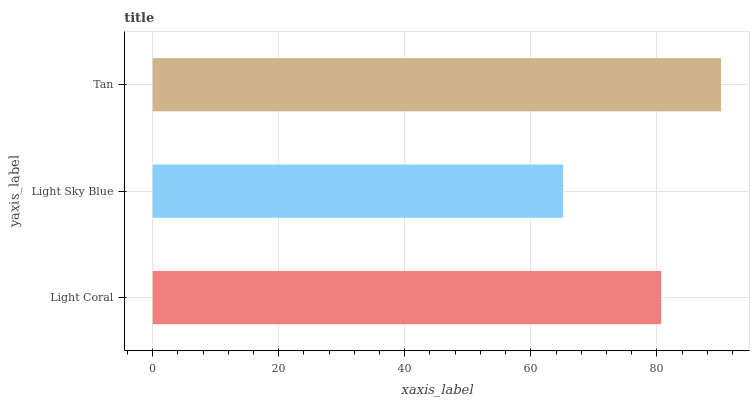
| yaxis_label | bars |
 | --- | --- |
 | Light Coral | 80.7 |
 | Light Sky Blue | 65.1 |
 | Tan | 90.2 |